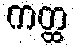
ကတ္ထ